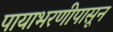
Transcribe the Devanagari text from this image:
पायाभरणीपासून